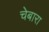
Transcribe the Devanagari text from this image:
चेबारा